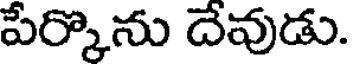
పేర్కొను దేవుడు.